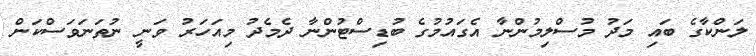
ލަންކާގެ ބައި މަދު މުސްލިމުންނާ އެގައުމުގެ ބުޑިސްޓުންނާ ދެމެދު މިއަހަރު ވަނީ ނުތަނަވަސްކަން